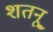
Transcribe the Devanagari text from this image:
शतनू